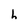
Character: h